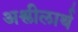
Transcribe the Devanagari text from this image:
अश्लीलार्थ